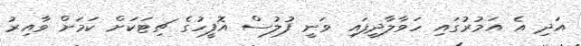
އަދި އެ އަމުރުގައި ހަވާލާދީފައި ވަނީ ފުލުސް އޮފީހުގެ ޗިޓަކަށް ކަމަށް ވާއިރު